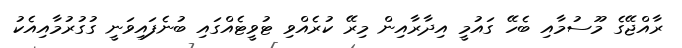
ރާއްޖޭގެ މޫސުމާއި ބެހޭ ގައުމީ އިދާރާއިން މިރޭ ކުރެއްވި ޓުވީޓެއްގައި ބުނެފައިވަނީ ގުގުރުމާއިއެކު